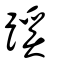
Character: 蹊